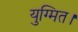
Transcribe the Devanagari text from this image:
युग्मित।